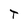
Character: T